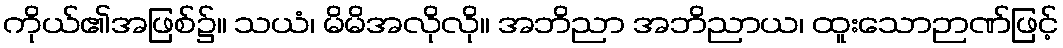
ကိုယ်၏အဖြစ်၌။ သယံ၊ မိမိအလိုလို။ အဘိညာ အဘိညာယ၊ ထူးသောဉာဏ်ဖြင့်